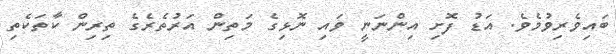
ބައިވެރިވުމެވެ. އަޑު ފޮށި އިންނަނީ ވައި ނޮޅިގެ މަތިން އަރުތެރެގެ ތިރިން ކާތަކެތި